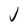
Character: J